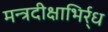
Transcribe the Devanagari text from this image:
मन्त्रदीक्षाभिर्र्ध